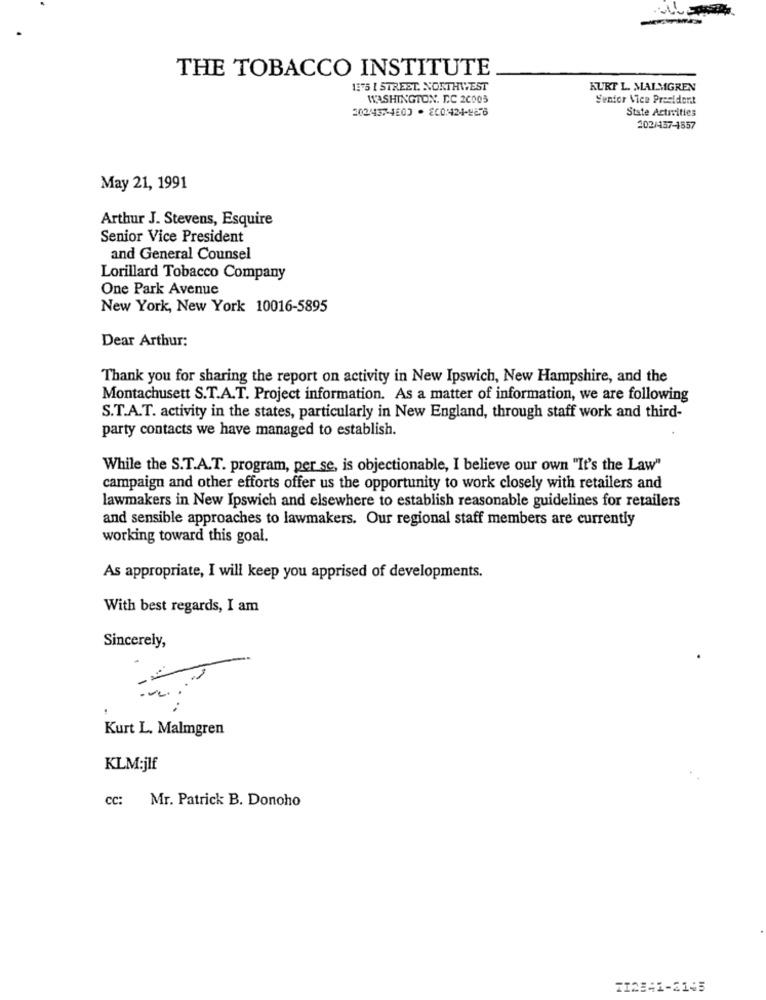
THE TOBACCO INSTITUTE
1375 I STREET. NORTHWEST
KURT L. MALMGREN
WASHINGTON, DC 20005
Senior Vice President
202437-4600 .00:424-26
State Activities
202/457-4857
May 21, 1991
Arthur J. Stevens, Esquire
Senior Vice President
and General Counsel
Lorillard Tobacco Company
One Park Avenue
New York, New York 10016-5895
Dear Arthur:
Thank you for sharing the report on activity in New Ipswich, New Hampshire, and the
Montachusett S.T.A.T. Project information. As a matter of information, we are following
S.T.A.T. activity in the states, particularly in New England, through staff work and third-
party contacts we have managed to establish.
While the S.T.A.T. program, per se, is objectionable, I believe our own "It's the Law"
campaign and other efforts offer us the opportunity to work closely with retailers and
lawmakers in New Ipswich and elsewhere to establish reasonable guidelines for retailers
and sensible approaches to lawmakers. Our regional staff members are currently
working toward this goal.
As appropriate, I will keep you apprised of developments.
With best regards, I am
Sincerely,
... .
Kurt L. Malmgren
KLM:jlf
cc: Mr. Patrick B. Donoho
TI2841-2145